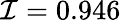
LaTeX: \mathcal{I}=0.946